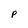
Character: p